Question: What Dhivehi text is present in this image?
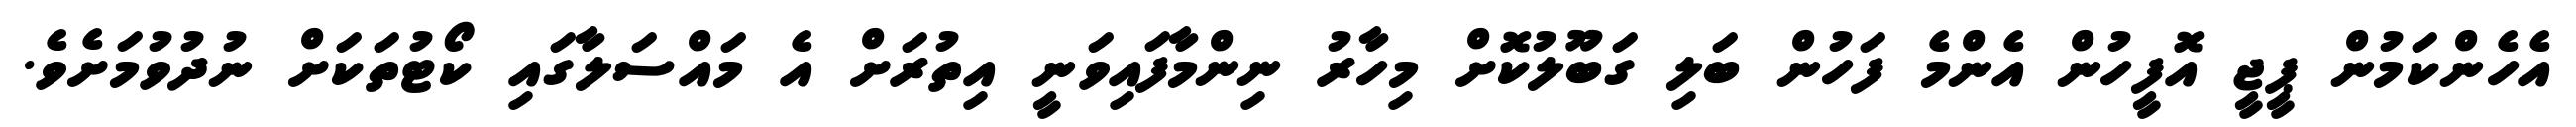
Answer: އެހެންކަމުން ޕީޖީ އޮފީހުން އެންމެ ފަހުން ބަލި ގަބޫލުކޮށް މިހާރު ނިންމާފައިވަނީ އިތުރަށް އެ މައްސަލާގައި ކޯޓުތަކަށް ނުދުވުމަށެވެ.